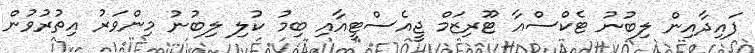
ފައިދާއިން ލިބުނު ޓެކްސްއާ ޓޫރިޒަމް ޖީއެސްޓީއާއި ބިމު ކުލި ލިބުނު މިންވަރު އިތުރުވުން